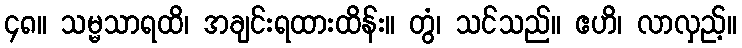
၄၈။ သမ္မသာရထိ၊ အချင်းရထားထိန်း။ တွံ၊ သင်သည်။ ဧဟိ၊ လာလှည့်။